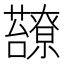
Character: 𧄈